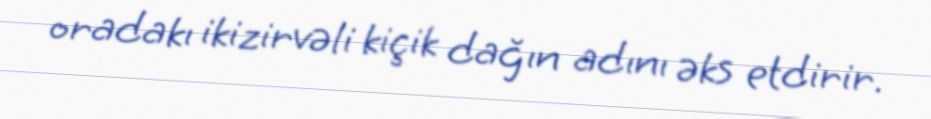
oradakı ikizirvəli kiçik dağın adını əks etdirir.